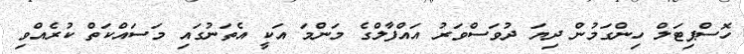
ހޮސްޕިޓަލް ހިންގަމުން ދިޔަ ދުވަސްވަރު އައްފާލްގެ މަންމަ އަކީ އެތަނުގައި މަސައްކަތް ކުރެއްވި